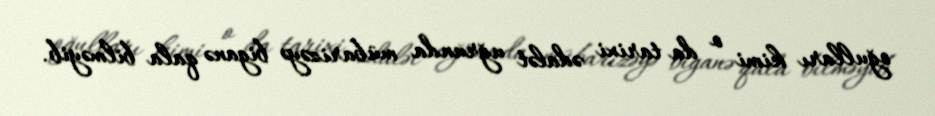
oğulları kimi o da tarixi ədalət uğrunda mübarizəyə biganə qala bilməyib.